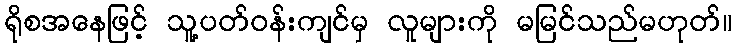
ရိုစအနေဖြင့် သူ့ပတ်ဝန်းကျင်မှ လူများကို မမြင်သည်မဟုတ်။